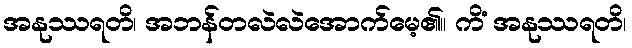
အနုဿရတိ၊ အဘန်တလဲလဲအောက်မေ့၏။ ကိံ အနုဿရတိ၊